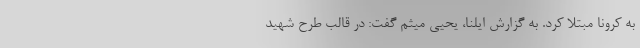
به کرونا مبتلا کرد. به گزارش ایلنا، یحیی میثم گفت: در قالب طرح شهید